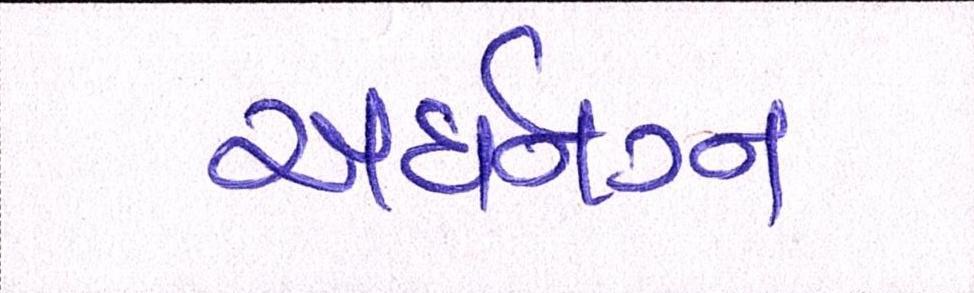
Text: અર્ધનગ્ન